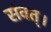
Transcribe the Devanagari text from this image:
संवत्‌।